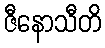
ဇီနောသီတိ